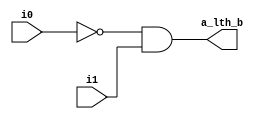
module alessb(
  
    input wire i0, i1, 
    output wire a_lth_b 
    );
    
    assign a_lth_b = ~i0 & i1;
 
endmodule